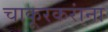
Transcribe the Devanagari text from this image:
चाकूरकरांना